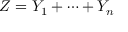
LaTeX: Z = Y _ { 1 } + \cdots + Y _ { n }